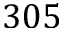
3 0 5